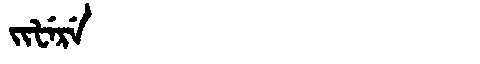
Manchu: ᠵᡳᡶᡝᡵᡝ
Romanization: JIFERE